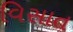
વિસાત